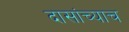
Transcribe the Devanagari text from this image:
दासांच्याच